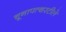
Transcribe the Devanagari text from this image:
चूनापत्थरटीले